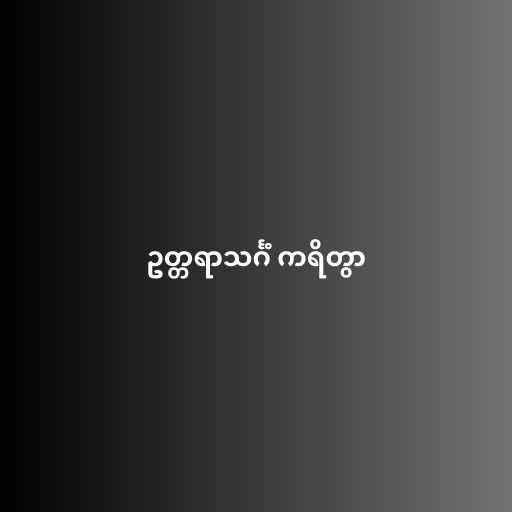
ဥတ္တရာသင်္ဂံ ကရိတွာ